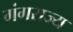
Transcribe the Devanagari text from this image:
गंगराज्य